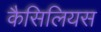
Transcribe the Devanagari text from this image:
कैसिलियस